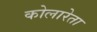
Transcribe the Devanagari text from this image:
कोलारेता